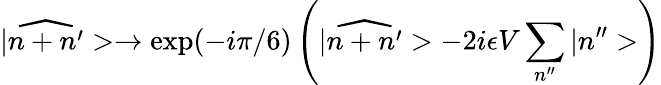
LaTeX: |\widehat{n+n^{\prime}}>\rightarrow\mathrm{exp}(-i\pi/6)\left(|\widehat{n+n^{\prime}}>-2i\epsilon V\sum_{n^{\prime\prime}}|n^{\prime\prime}>\right)